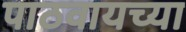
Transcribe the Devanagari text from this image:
पाठवायच्या